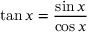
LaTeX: \tan x = { \frac { \sin x } { \cos x } }